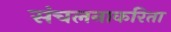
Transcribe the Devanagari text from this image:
संचलनाकरिता